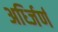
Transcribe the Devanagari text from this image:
अर्ध्जिर्ण